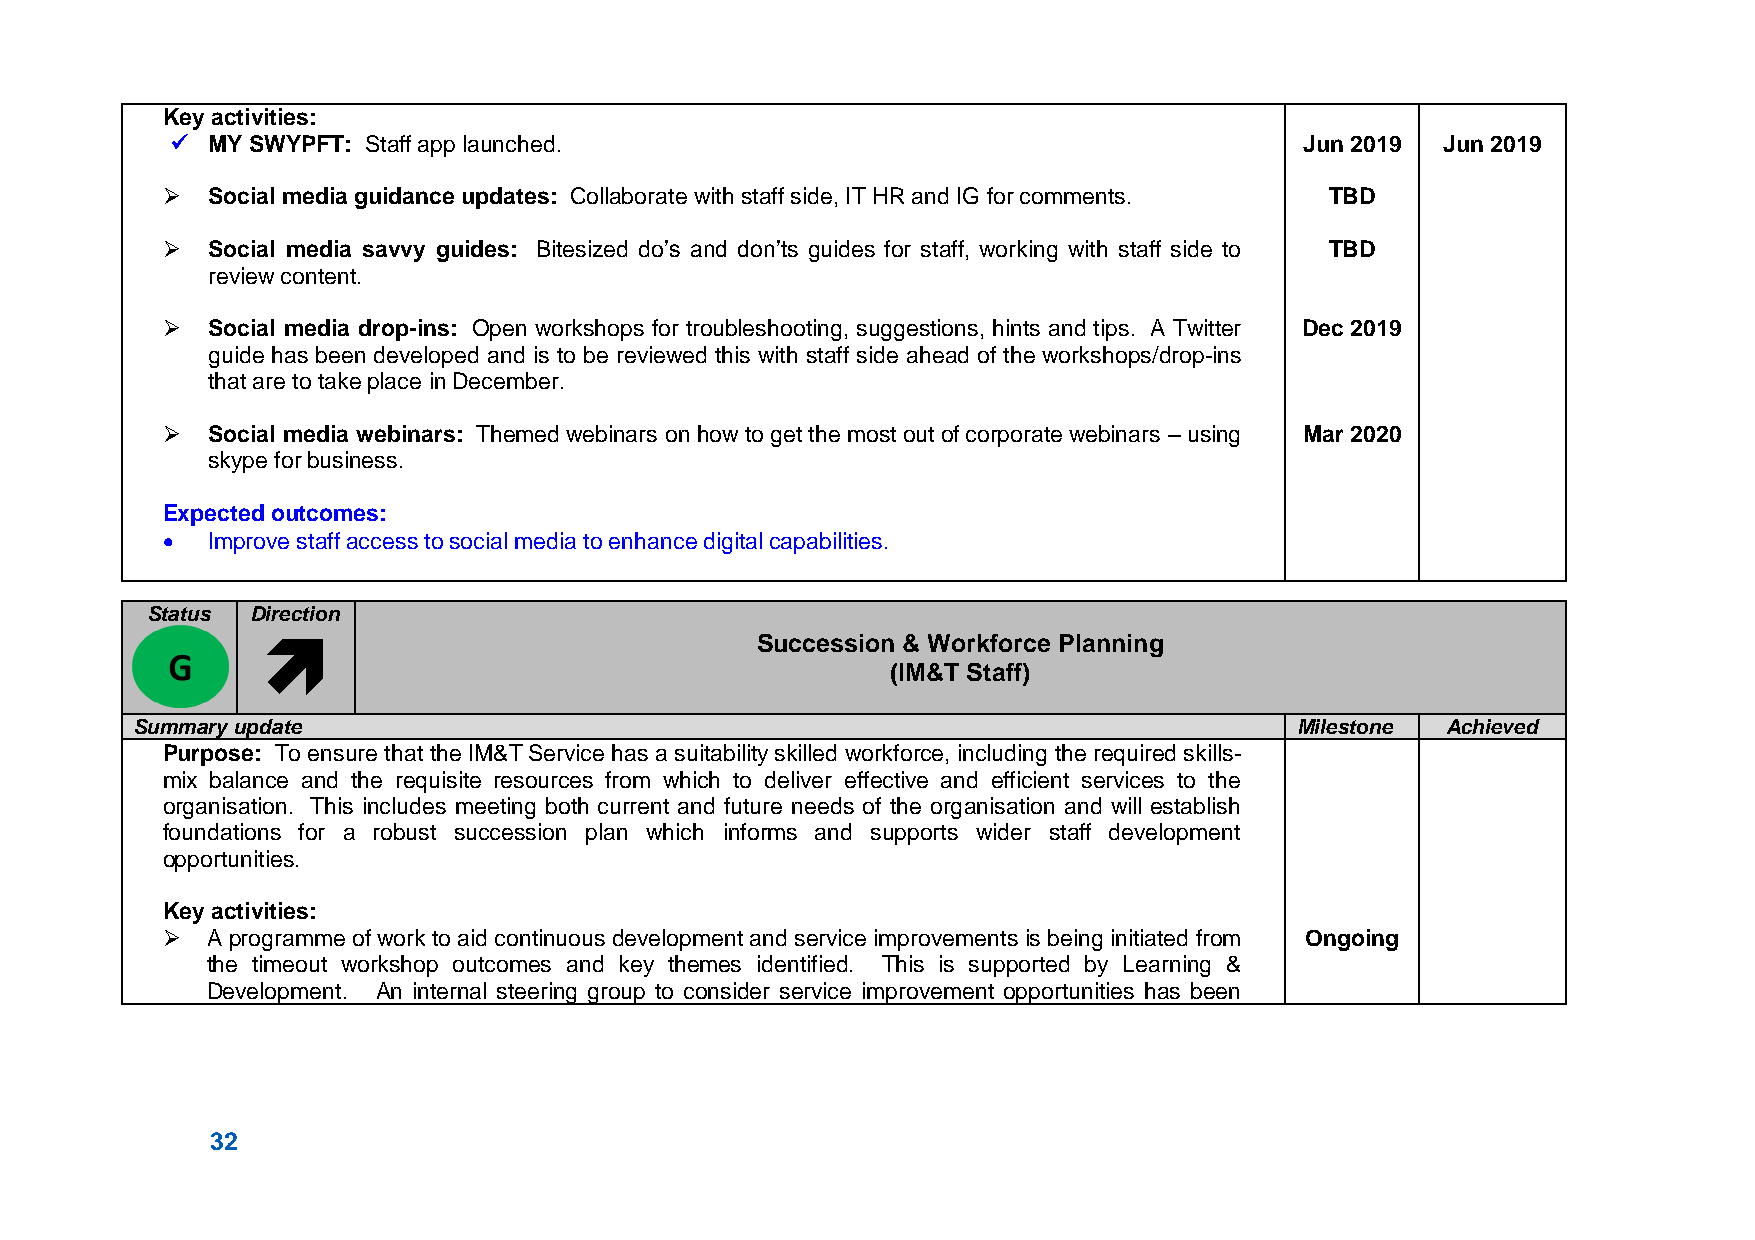
Key activities:
   MY SWYPFT: Staff app launched.                                          Jun 2019  Jun 2019
   Social media guidance updates: Collaborate with staff side, IT HR and IG for comments. TBD
   Social media savvy guides: Bitesized do’s and don’ts guides for staff, working with staff side to TBD
 review content.
   Social media drop-ins: Open workshops for troubleshooting, suggestions, hints and tips. A Twitter Dec 2019
 guide has been developed and is to be reviewed this with staff side ahead of the workshops/drop-ins
 that are to take place in December.
   Social media webinars: Themed webinars on how to get the most out of corporate webinars – using Mar 2020
 skype for business.
 Expected outcomes:
   Improve staff access to social media to enhance digital capabilities.
 Status Direction
                                 Succession & Workforce Planning
 (IM&T Staff)
 Summary update                                                               Milestone Achieved
 Purpose: To ensure that the IM&T Service has a suitability skilled workforce, including the required skills-
 mix balance and the requisite resources from which to deliver effective and efficient services to the
 organisation. This includes meeting both current and future needs of the organisation and will establish
 foundations for a robust succession plan which informs and supports wider staff development
 opportunities.
 Key activities:
   A programme of work to aid continuous development and service improvements is being initiated from Ongoing
 the timeout workshop outcomes and key themes identified. This is supported by Learning &
 Development. An internal steering group to consider service improvement opportunities has been
 32